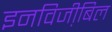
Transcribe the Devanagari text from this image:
इनविजी़बिल